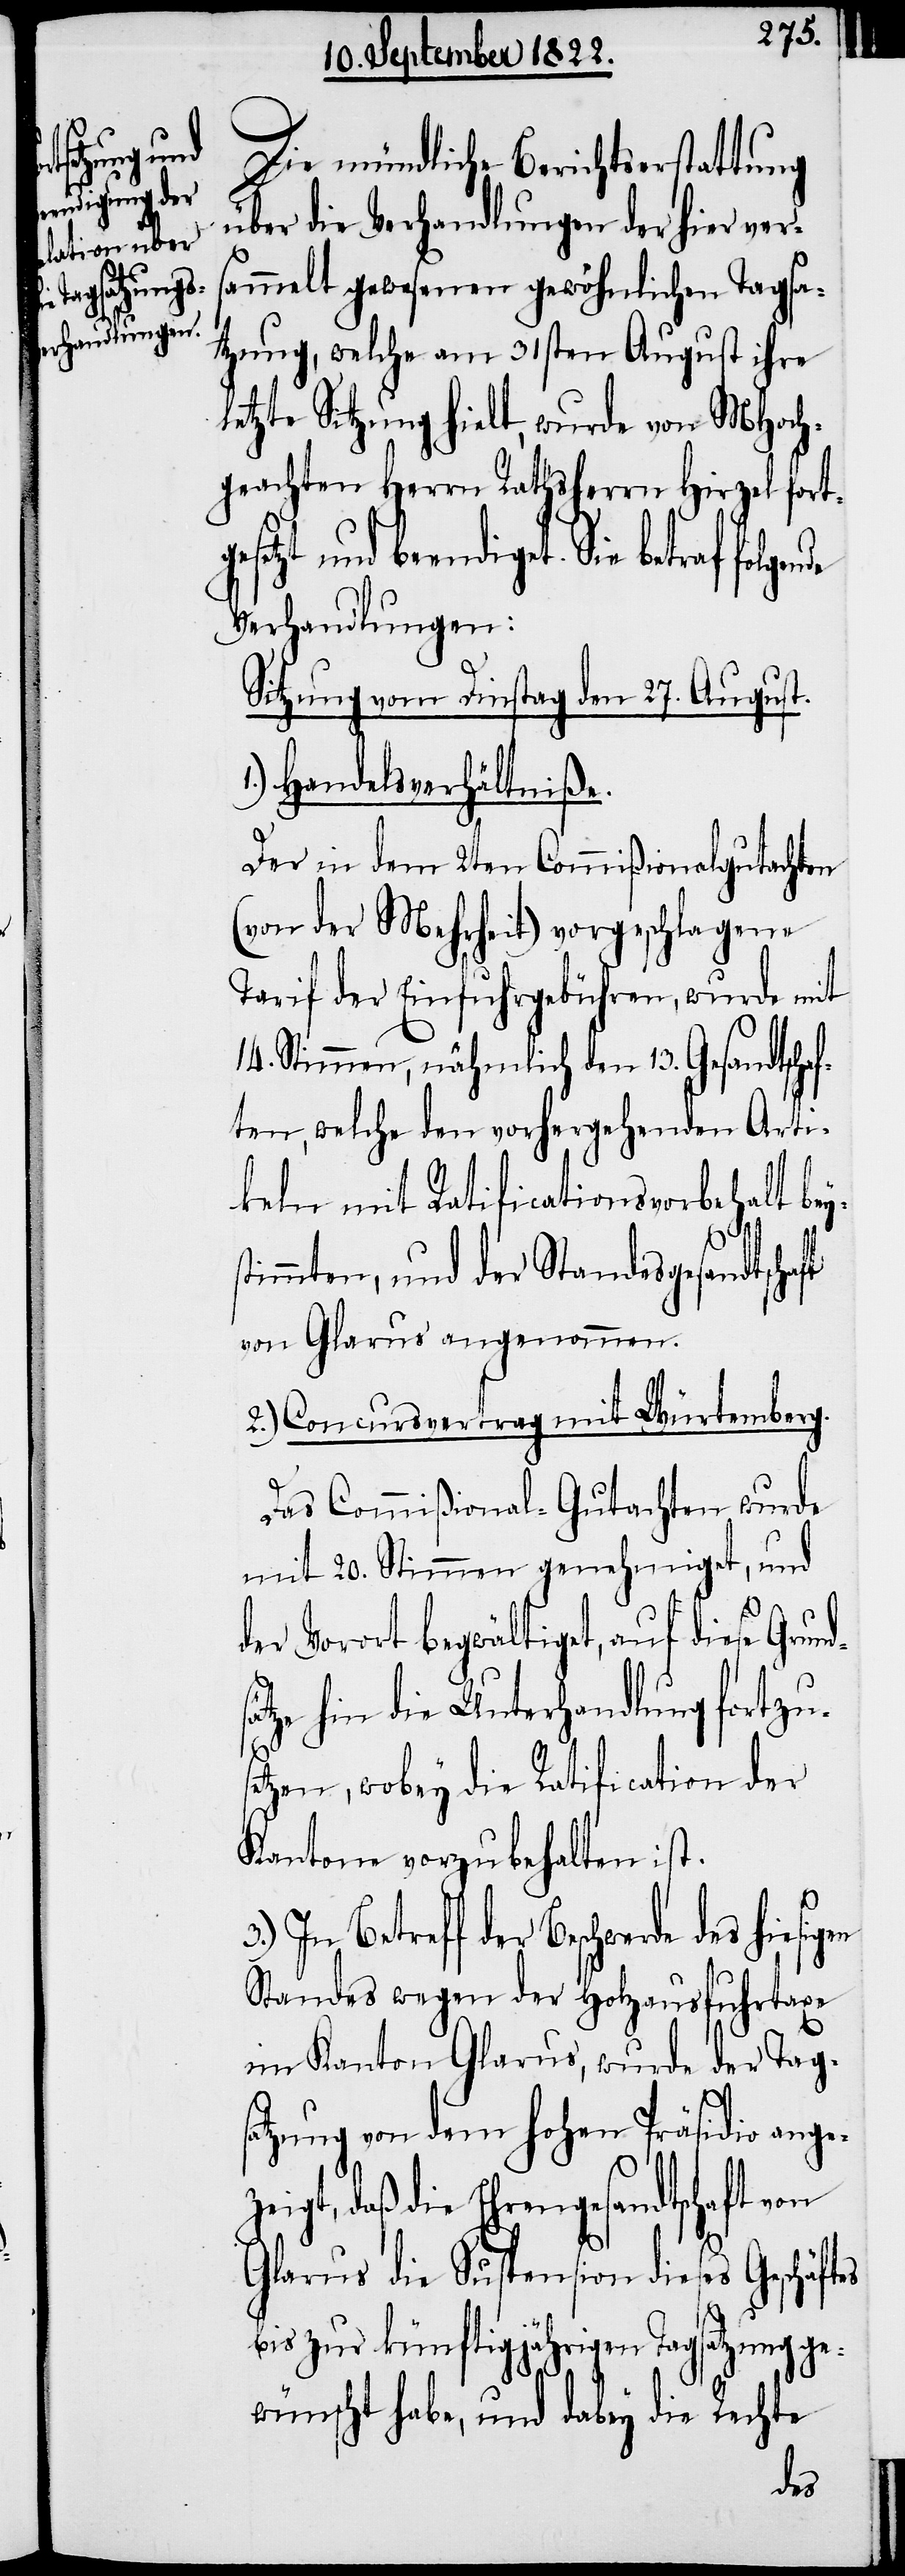
esetzt und
hiesigen

Die mündliche Berichtserstattung
über die Verhandlungen der hier vers¬
ammelt gewesenen gewöhnlichen Tagsa¬
tzung, welche am 31sten August ihre
letzte Sitzung hielt, wurde von MHoch¬
geachten Herrn Rathsherrn Hirzel fortg¬
beendiget. Sie betraf folge¬
Verhandlungen:
Sitzung vom Dinstag den 27. August.
1.) Handelsverhältniße.
Der in dem 2ten Commißionalgutachten
(von der Mehrheit) vorgeschlagene
Tarif der Einfuhrgebühren, wurde mit
14. Stimmen, nähmlich den 13. Gesandtschaf¬
ten, welche den vorhergehenden Arti¬
keln mit Ratificationsvorbehalt bey¬
s¬
timmten, und der Standesgesandtschaft
von Glarus ausgenommen.
2.) Concursvertrag mit Würtemberg.
3.)
Das Commißional-Gutachten wurde
mit 20. Stimmen genehmiget, und
der Vorort begwältiget, auf diese Grund¬
ätze hin die Unterhandlung fortzu¬
etzen, wobey die Ratification der
Kantone vorzubehalten ist.
Standes wegen der Holzausfuhrtaxe
im Kanton Glarus, wurde der Tags¬
nde
atzung von dem hohen Präsidio angez¬
eigt, daß die Ehrengesandtschaft von
Glarus die Suspension dieses Geschäft¬
bis zur künftigjährigen Tagsatzung ge¬
wünscht habe, und dabey die Rechte
es